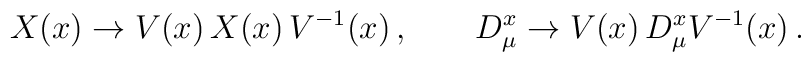
X(x) \to V(x)\, X(x) \, V^{-1}(x) \,, \qquad D^x_\mu \to V(x)\, D^x_\mu V^{-1}(x) \,.